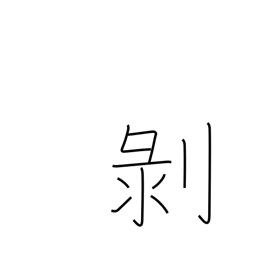
Meaning: peel